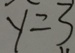
y = 3